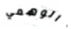
الوهمي